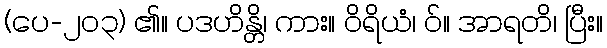
(ပေ-၂၀၃) ၏။ ပဒဟိန္တိ၊ ကား။ ဝိရိယံ၊ ဝ်။ အာရတိ၊ ပြီး။